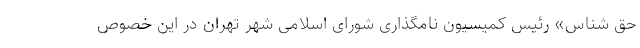
حق شناس» رئیس کمیسیون نامگذاری شورای اسلامی شهر تهران در این خصوص